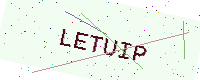
Text: LETUIP